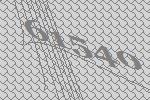
61540